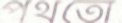
পথতো